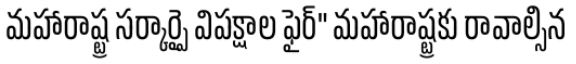
మహారాష్ట్ర సర్కార్పై విపక్షాల ఫైర్" మహారాష్ట్రకు రావాల్సిన